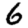
Digit: 6